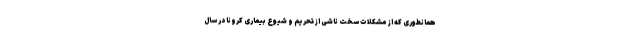
همانطوری که از مشکلات سختِ ناشی از تحریم و شیوع بیماری کرونا در سال